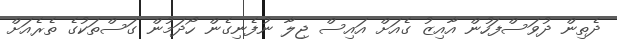
ދެތިން ދުވަސްފަހުން އާއިޒު ގެއަށް އައިސް ޖިލާ ނުފެނިގެން ހޯދަމުން ގަސްތަކުގެ ތެރެއަށް